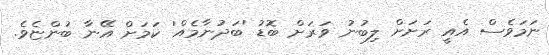
ނަމަވެސް އެއީ ރަށަށް ލިބުނު ވަރަށް ބޮޑު 'ބަދުނާމެއް' ކަމަށް އޭނާ ބުންޏެވެ.